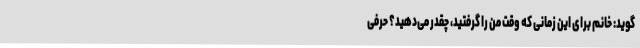
‌گوید: خانم برای این زمانی که وقت من را گرفتید، چقدر می‌دهید؟ حرفی